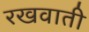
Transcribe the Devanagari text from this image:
रखवाती